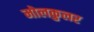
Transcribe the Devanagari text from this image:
मोलकुलर